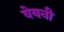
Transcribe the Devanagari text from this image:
वेयनी